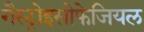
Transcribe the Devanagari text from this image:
गैस्ट्रोइसोफेजियल